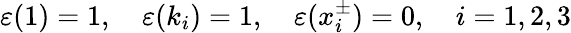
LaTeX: \varepsilon(1)=1,\quad\varepsilon(k_{i})=1,\quad\varepsilon(x_{i}^{\pm})=0,\quad i=1,2,3